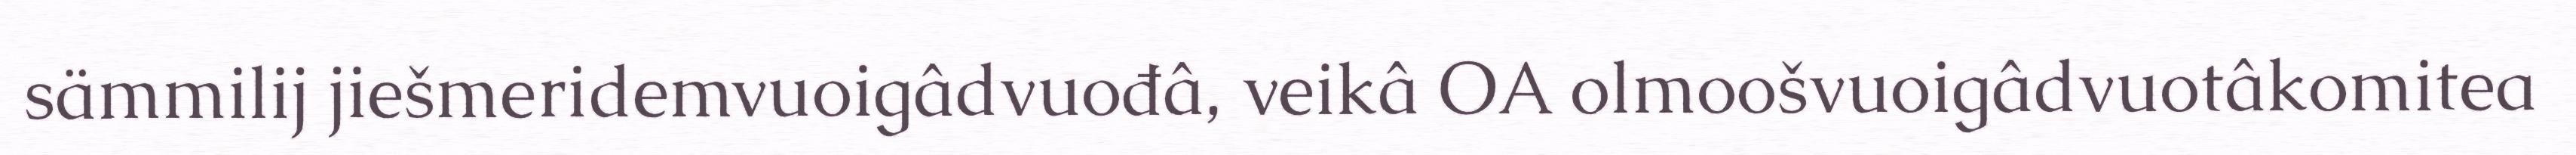
sämmilij jiešmeridemvuoigâdvuođâ, veikâ OA olmoošvuoigâdvuotâkomitea